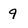
Character: q